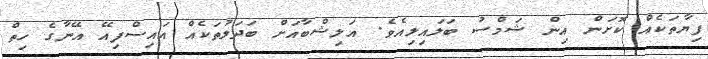
ފިޔާތަކެއް ކޮށަން އިން ޝަމްސު ބަލައިލިއެވެ. އަލިޝްބާއަށް ބަދަލުތަކެއް އައިސްފިއޭ އޭނާގެ ހިތް